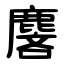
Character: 麐